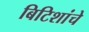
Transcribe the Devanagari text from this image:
बिटिशांचे